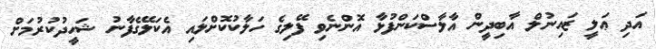
އަދި ޢަލީ ޒައިނުލް އާބިދީން އާލާސްކަންފުޅާ އޮންނެވި ފޭލިގެ ހަލާކުކޮށްލައި އެކަލޭގެފާނު ޝަހީދުކުރުމަށް